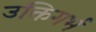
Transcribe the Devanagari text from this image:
उक्तिगर्भ